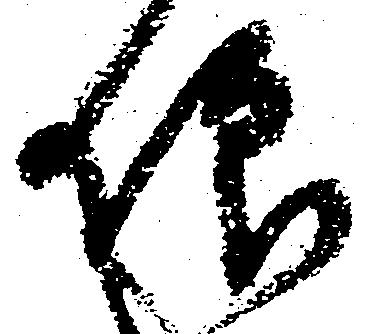
仰